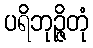
ပရိဘုဉ္ဇိတုံ